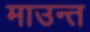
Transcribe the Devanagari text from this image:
माउन्त